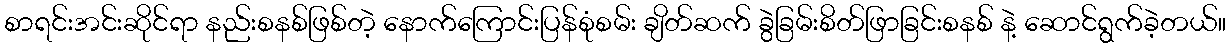
စာရင်းအင်းဆိုင်ရာ နည်းစနစ်ဖြစ်တဲ့ နောက်ကြောင်းပြန်စုံစမ်း ချိတ်ဆက် ခွဲခြမ်းစိတ်ဖြာခြင်းစနစ် နဲ့ ဆောင်ရွက်ခဲ့တယ်။